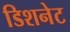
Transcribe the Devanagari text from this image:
डिशनेट